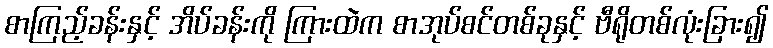
စာကြည့်ခန်းနှင့် အိပ်ခန်းကို ကြားထဲက စာအုပ်စင်တစ်ခုနှင့် ဗီရိုတစ်လုံးခြား၍